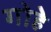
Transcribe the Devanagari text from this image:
गोहे